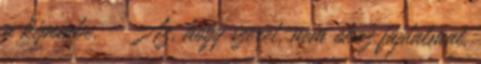
a képembe. - Az, hogy szeret, nem okoz fájdalmat.